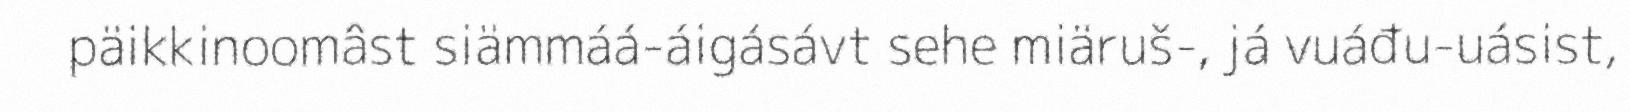
päikkinoomâst siämmáá-áigásávt sehe miäruš-, já vuáđu-uásist,